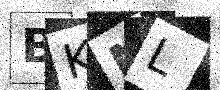
Text: BKNL